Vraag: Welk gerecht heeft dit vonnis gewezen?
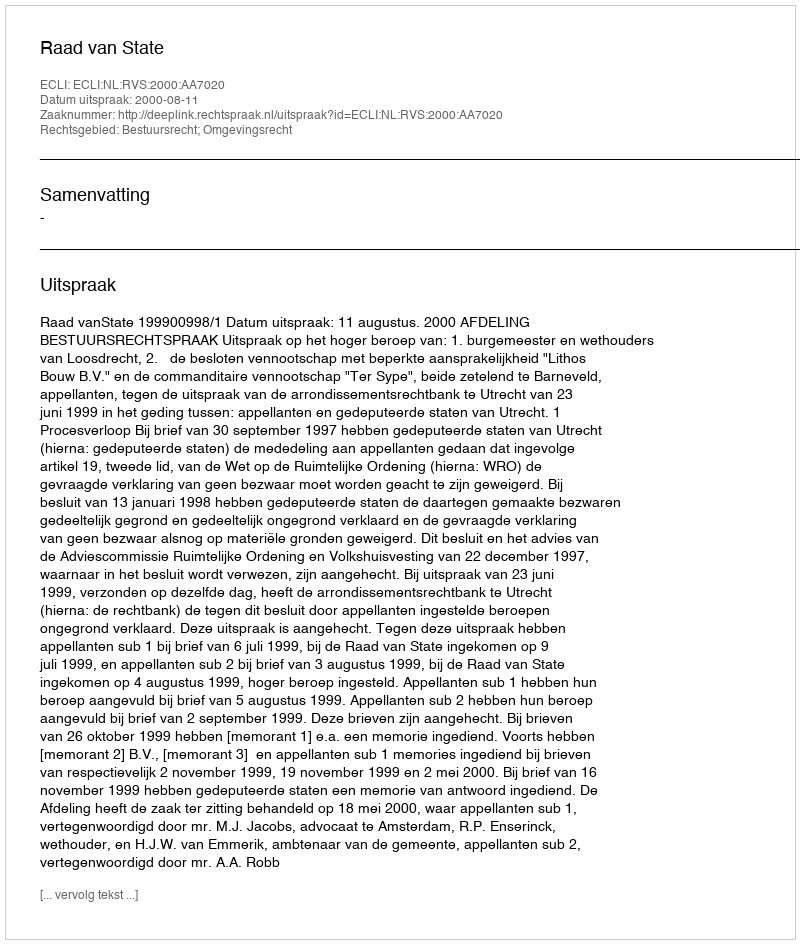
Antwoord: Raad van State